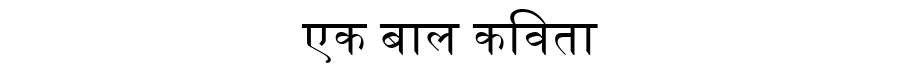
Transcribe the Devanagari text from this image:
एक बाल कविता